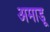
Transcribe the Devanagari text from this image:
अमाडू